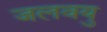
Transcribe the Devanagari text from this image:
जलवयु